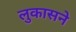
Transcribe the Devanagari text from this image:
लुकासने